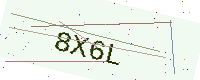
Text: 8X6L